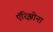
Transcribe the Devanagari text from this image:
ऍरिझोना